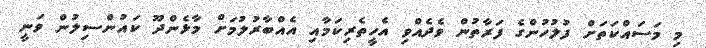
މި މަސައްކަތަށް ފުލުހުންގެ ފަރާތުން ވެދެއްވި އެހީތެރިކަމާއި އެއްބާރުލުމަށް މާޅެންދޫ ކައުންސިލުން ވަނީ